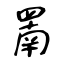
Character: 罱